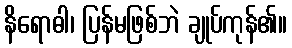
နိရောဓါ၊ ပြန်မဖြစ်ဘဲ ချုပ်ကုန်၏။